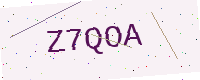
Text: Z7QOA